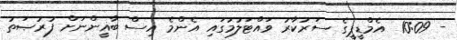
- 10:09  އެމްޑީޕީގެ ސަރުކާރު ވައްޓަލުމުގައި އެންމެ އިސް ބާޣީންނަށް ފުރުޞަތު